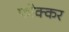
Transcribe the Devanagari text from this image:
फोक्‍कर